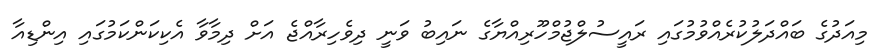
މިއަދުގެ ބައްދަލުކުރެއްވުމުގައި ރައީސުލްޖުމްހޫރިއްޔާގެ ނައިބު ވަނީ ދިވެހިރާއްޖެ އަށް ދިމާވާ އެކިކަންކަމުގައި އިންޑިއާ